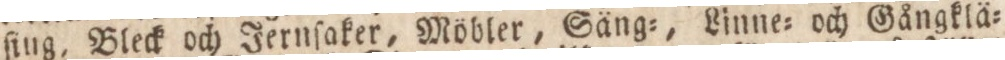
ſing, Bleck och Jernſaker, Möbler, Säng=, Linne= och Gångklä=